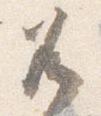
兀